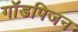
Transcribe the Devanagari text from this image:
गॉडपिजन